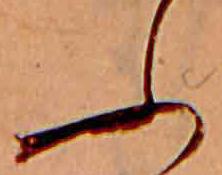
ふ